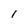
Character: 1